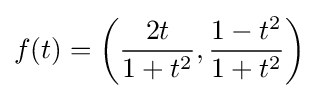
f(t)=\left({\frac {2t}{1+t^{2}}},{\frac {1-t^{2}}{1+t^{2}}}\right)